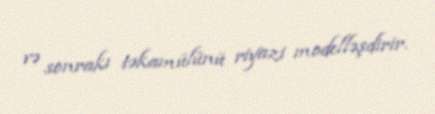
və sonrakı təkamülünü riyazi modelləşdirir.